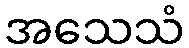
အသေသံ